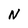
Character: N